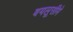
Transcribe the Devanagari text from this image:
बयलूसीमे